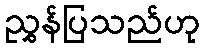
ညွှန်ပြသည်ဟု